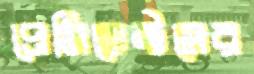
প্রেসিডেন্টসের